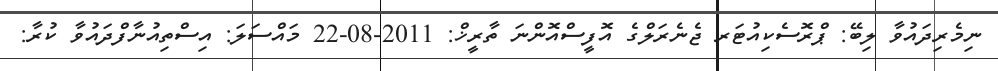
ނިމެރިދައުވާ ލިބޭ: ޕްރޮސެކިއުޓަރ ޖެނެރަލްގެ އޮފީސްއޮންނަ ތާރީޚް: 2011-08-22 މައްސަލަ: އިސްތިއުނާފްދައުވާ ކުރާ: